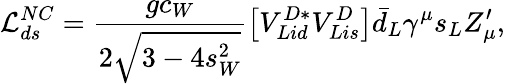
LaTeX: {\cal L}_{ds}^{NC}=\frac{gc_{W}}{2\sqrt{3-4s_{W}^{2}}}\left[V_{Lid}^{D*}V_{Lis}^{D}\right]\bar{d}_{L}\gamma^{\mu}s_{L}Z_{\mu}^{\prime},